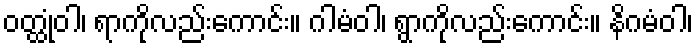
ဝတ္ထုံဝါ၊ ရာကိုလည်းကောင်း။ ဂါမံဝါ၊ ရွာကိုလည်းကောင်း။ နိဂမံဝါ၊